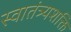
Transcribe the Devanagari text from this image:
स्वातंत्र्यशक्ति